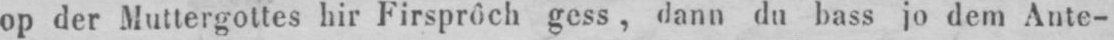
op der Muttergottes hir Firsprôch gess, dann du bass jo dem Ante-